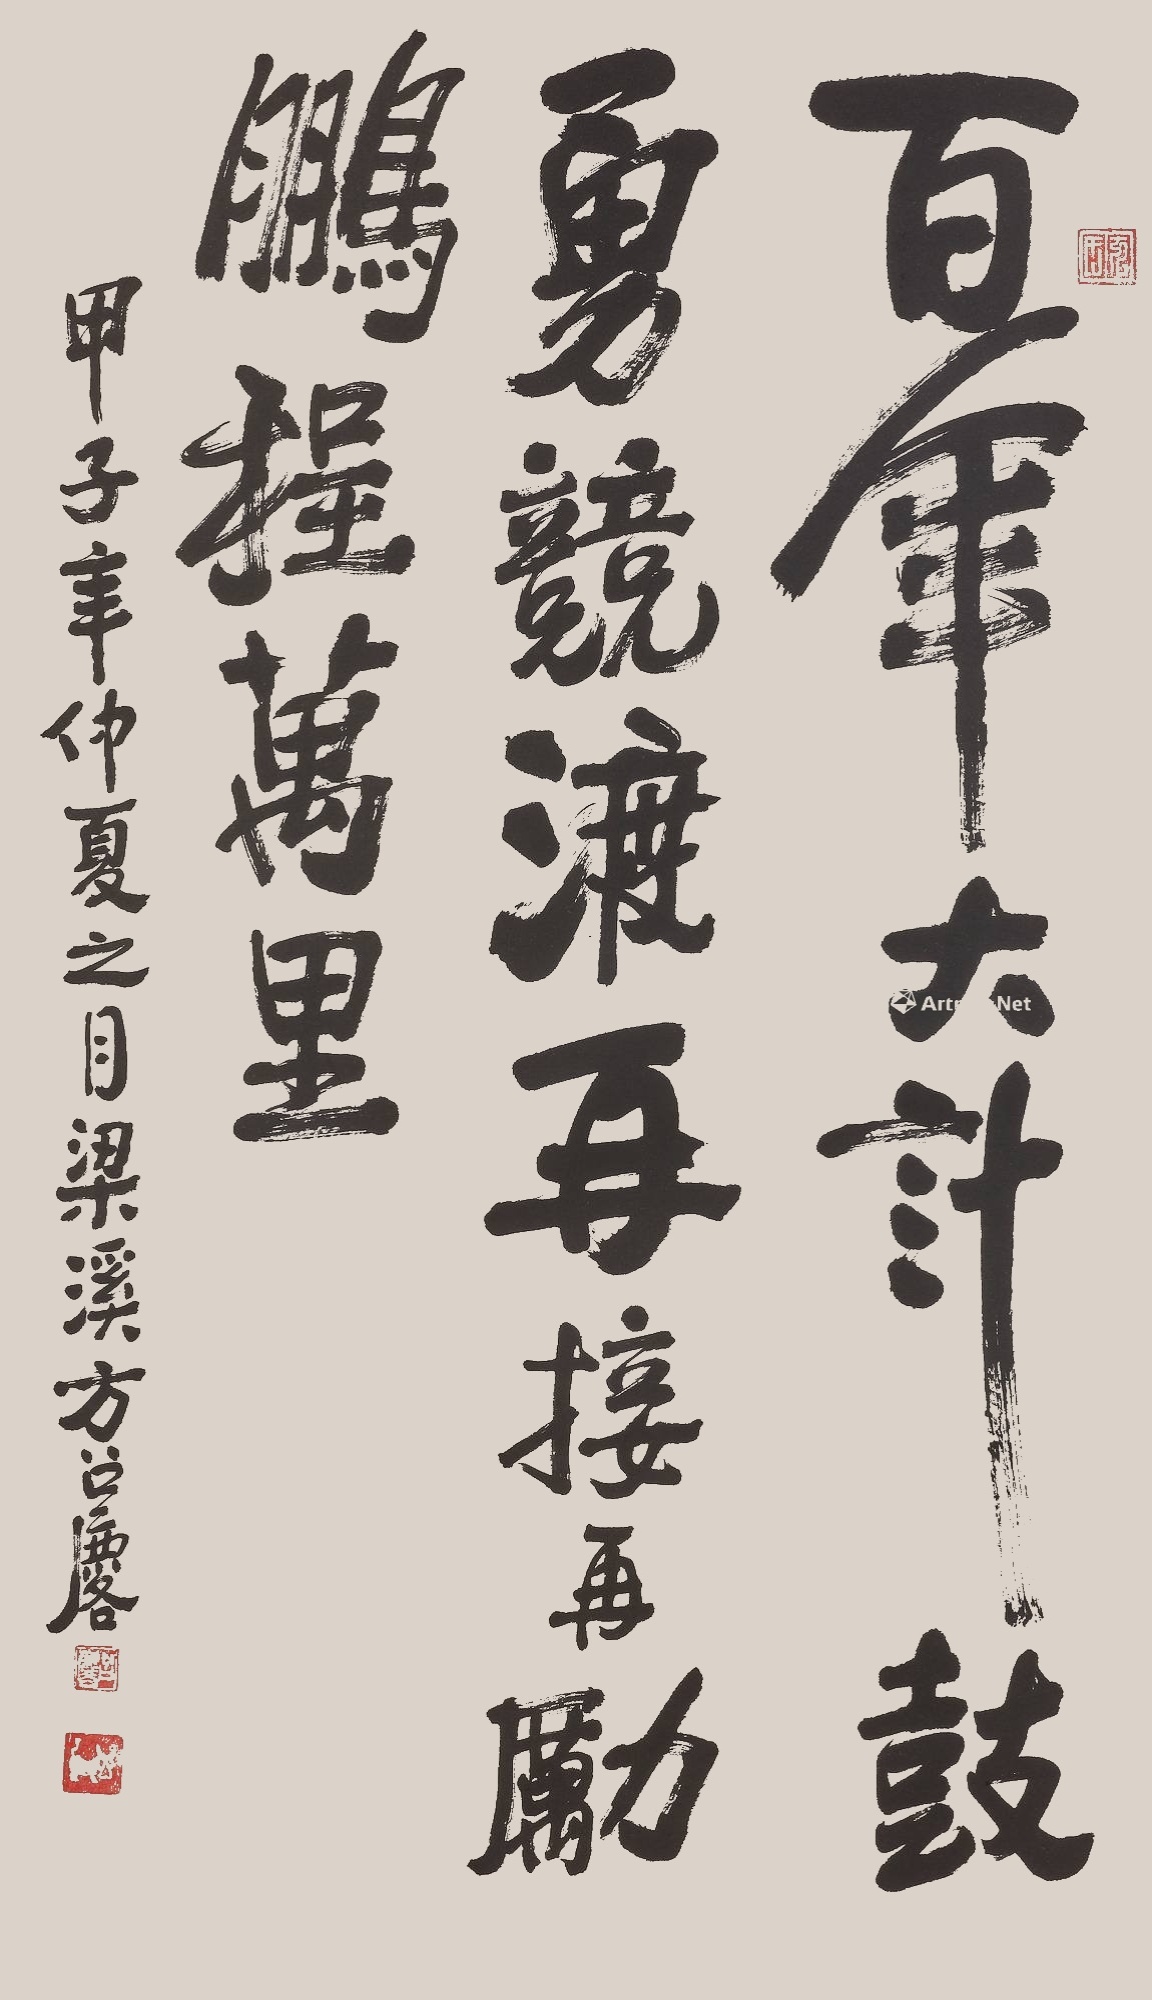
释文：百年大计鼓勇竞渡，再接再励鹏程万里。甲子（1984）年仲夏之月，梁溪方召麐。